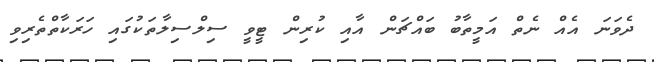
ދެވަނަ އެއް ނެތް އަމީތާބު ބައްޗަން އާއި ކުރިން ޓީވީ ސިލްސިލާތަކުގައި ހަރަކާތްތެރިވި